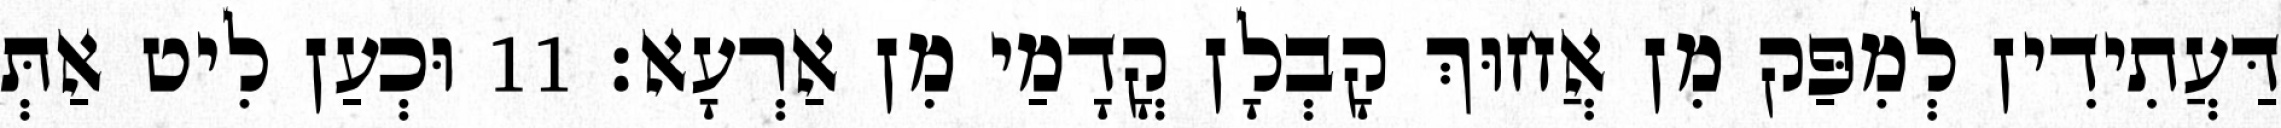
דַּעֲתִידִין לְמִפַּק מִן אֲחוּךְ קָבְלָן קֳדָמַי מִן אַרְעָא׃ 11 וּכְעַן לִיט אַתְּ